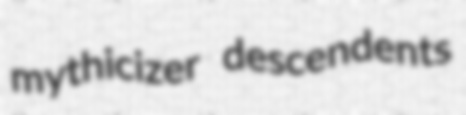
mythicizer descendents